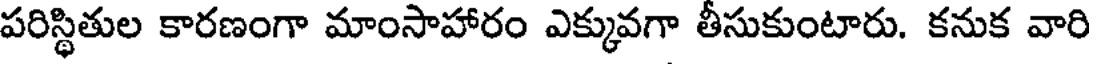
పరిస్థితుల కారణంగా మాంసాహారం ఎక్కువగా తీసుకుంటారు. కనుక వారి